65_HS1-834228961_62-HQ-83894_Section_2
Agency: FBI
Page 138
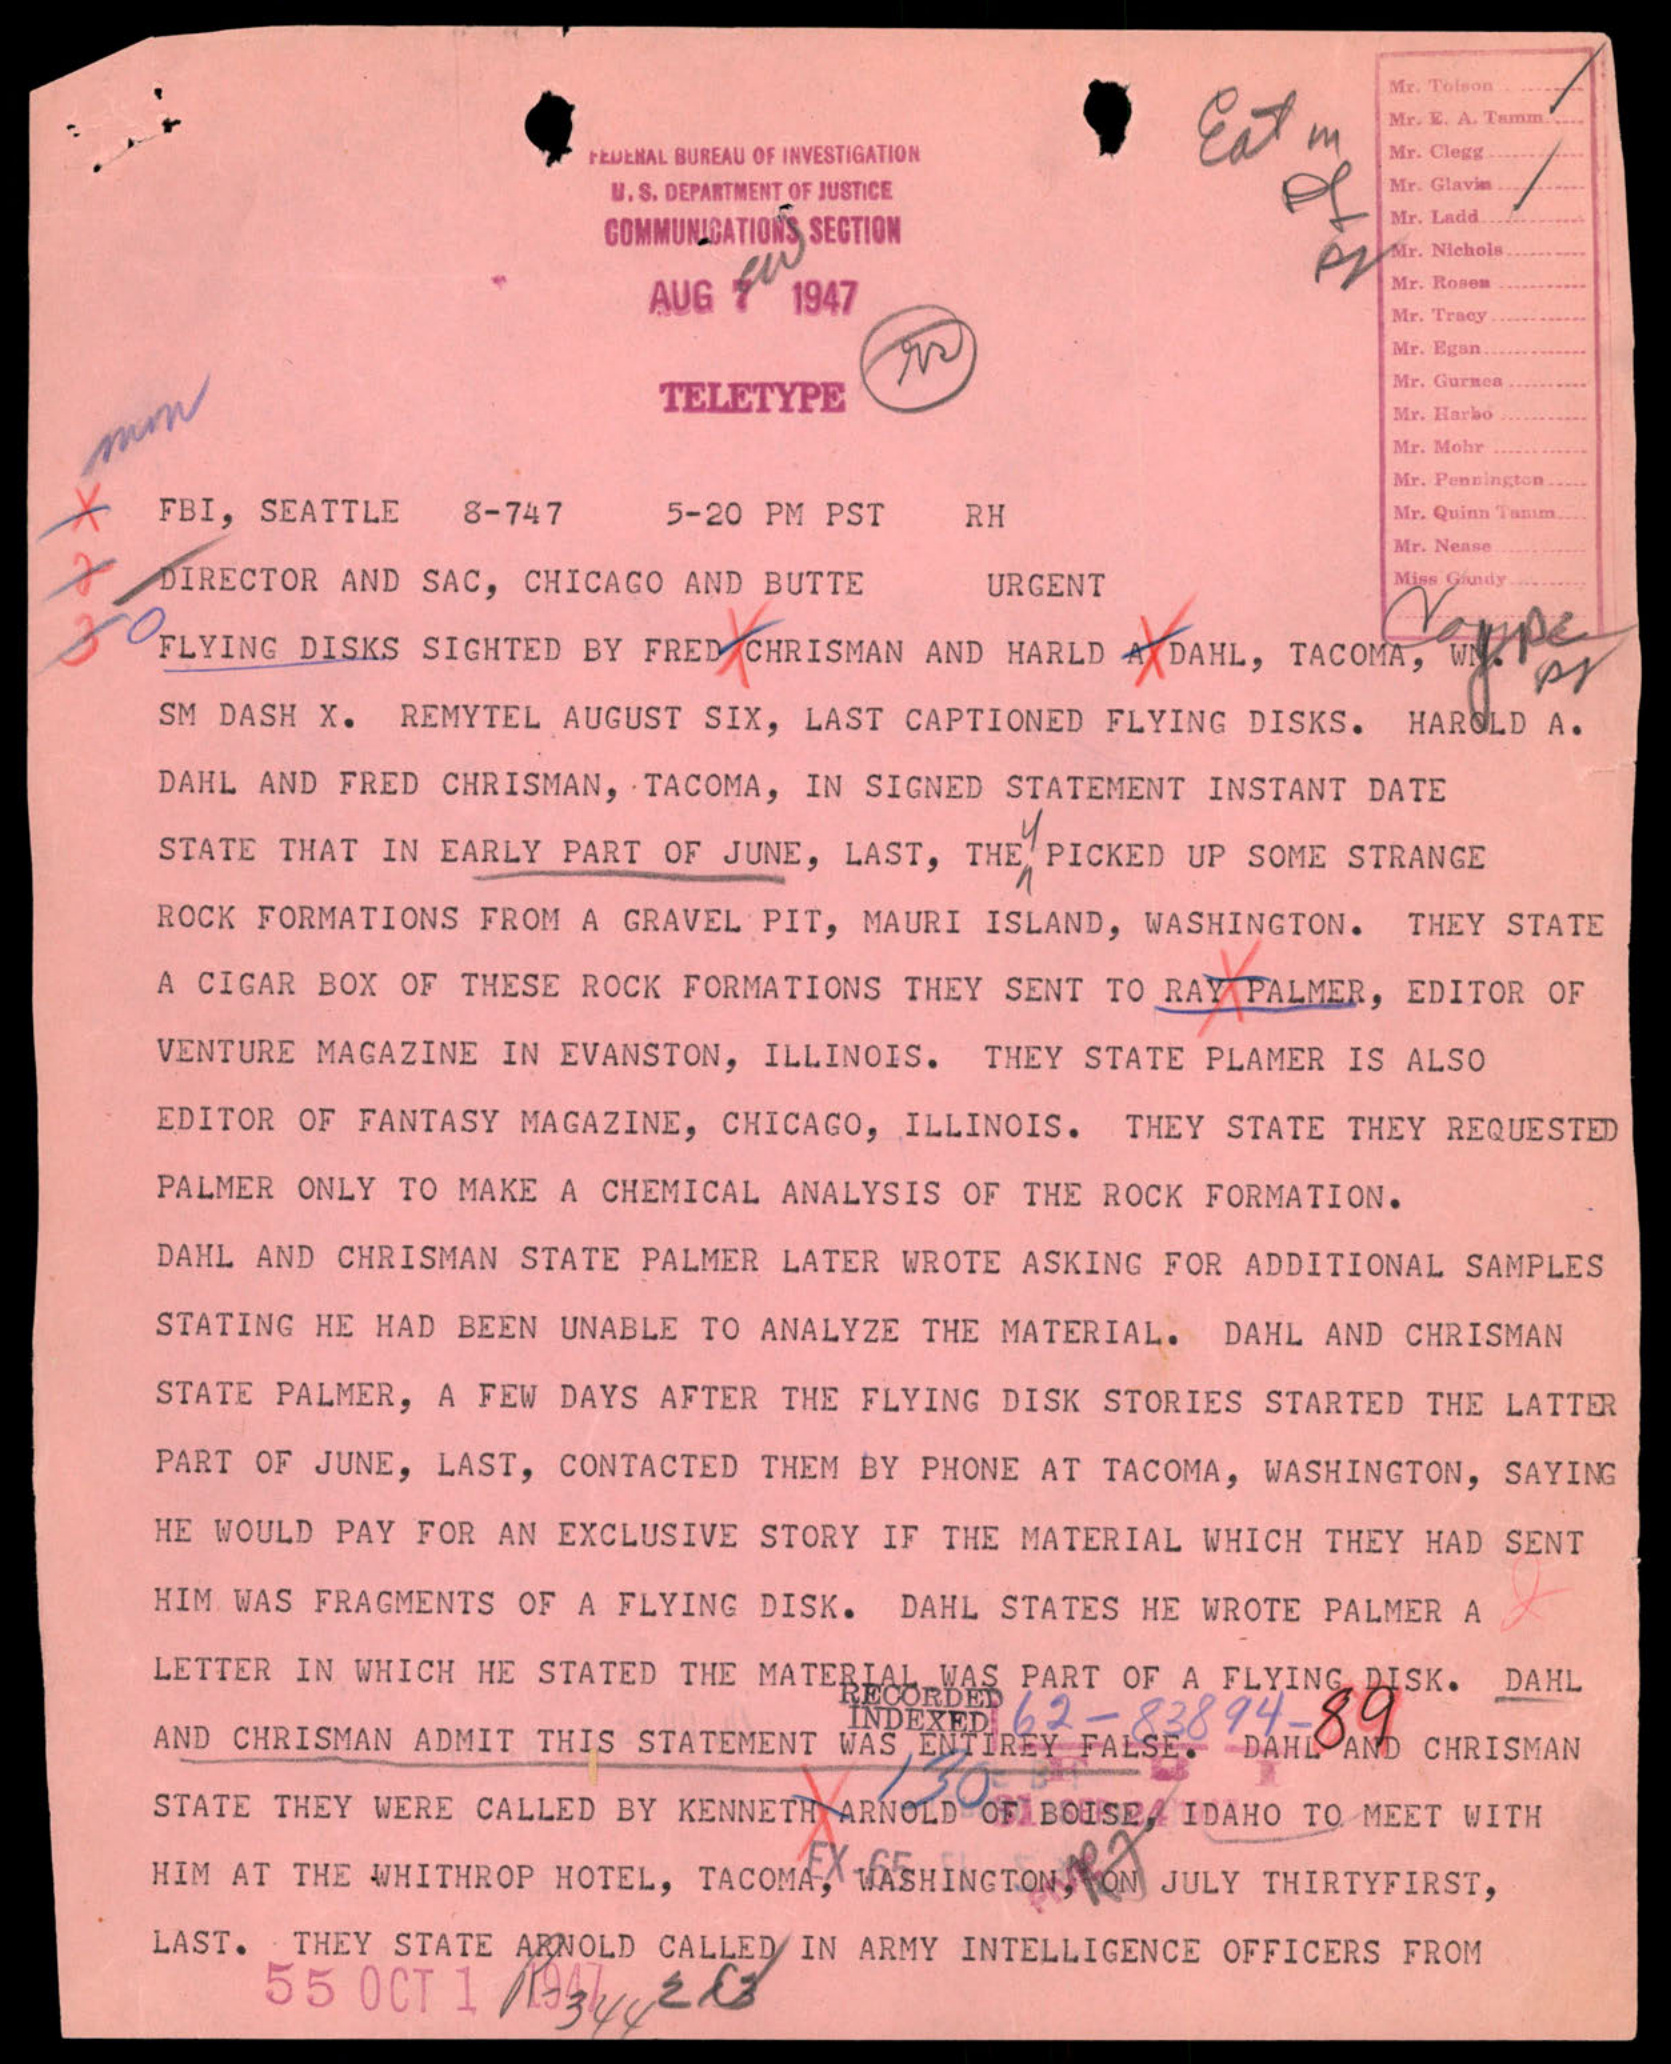